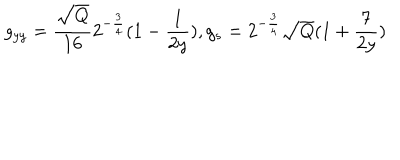
LaTeX: g _ { y y } = \frac { \sqrt { Q } } { 1 6 } 2 ^ { - \frac { 3 } { 4 } } ( 1 - \frac { 1 } { 2 y } ) , g _ { s } = 2 ^ { - \frac { 3 } { 4 } } \sqrt { Q } ( 1 + \frac { 7 } { 2 y } )